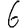
Digit: 6